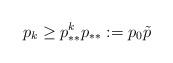
LaTeX: \begin{align*}p_k \ge p_{**}^k p_{**} := p_0 \tilde{p}\end{align*}